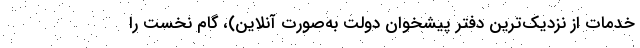
خدمات از نزدیک‌ترین دفتر پیشخوان دولت به‌صورت آنلاین)، گام نخست را